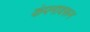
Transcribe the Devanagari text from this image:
कंपनावरून